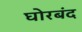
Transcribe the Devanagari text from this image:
घोरबंद